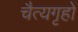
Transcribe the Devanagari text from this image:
चैत्यगृहों